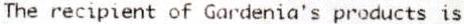
THE RECIPIENT OF GARDENIA'S PRODUCTS IS